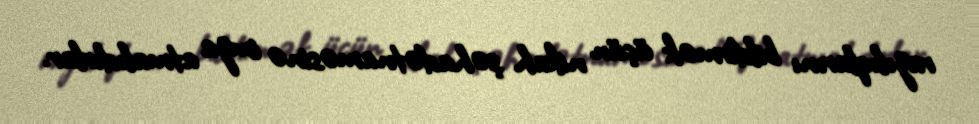
razılıqlarını bildirmək üçün nikah şəhadətnaməsinə imza atmalıdırlar.